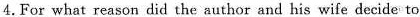
4.For what reason did the author and his wife decide to